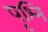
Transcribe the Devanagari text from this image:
पृश्नि